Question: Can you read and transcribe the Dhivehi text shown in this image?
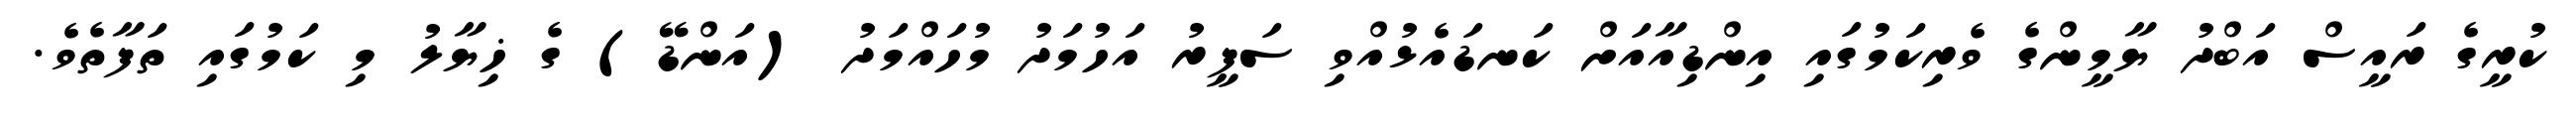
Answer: ކުރީގެ ރައީސް އަބްދު ޔާމީންގެ ވެރިކަމުގައި އިންޑިއާއަށް ކަނޑައެޅުއްވި ސަފީރު އަހުމަދު މުހައްމަދު (އަންޑޭ) ގެ ޚިޔާލު މި ކަމުގައި ތަފާތެވެ.